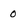
Character: 0